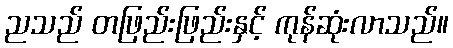
ညသည် တဖြည်းဖြည်းနှင့် ကုန်ဆုံးလာသည်။